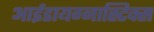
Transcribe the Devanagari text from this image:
आईडायग्नास्टिक्स